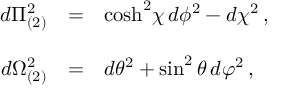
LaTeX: \begin{array} { r c l } { { d \Pi _ { ( 2 ) } ^ { 2 } } } & { { = } } & { { \mathrm { c o s h } ^ { 2 } \chi \, d \phi ^ { 2 } - d \chi ^ { 2 } \, , } } \\ { { } } & { { } } & { { } } \\ { { d \Omega _ { ( 2 ) } ^ { 2 } } } & { { = } } & { { d \theta ^ { 2 } + \sin ^ { 2 } { \theta } \, d \varphi ^ { 2 } \, , } } \end{array}